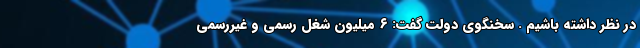
در نظر داشته باشیم ‌. سخنگوی دولت گفت: ۶ میلیون شغل رسمی و غیررسمی